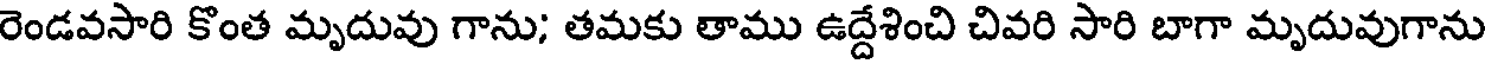
రెండవసారి కొంత మృదువు గాను; తమకు తాము ఉద్దేశించి చివరి సారి బాగా మృదువుగాను